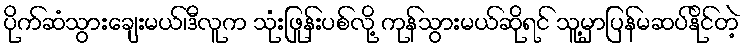
ပိုက်ဆံသွားချေးမယ်၊ဒီလူက သုံးဖြုန်းပစ်လို့ ကုန်သွားမယ်ဆိုရင် သူ့မှာပြန်မဆပ်နိုင်တဲ့